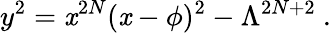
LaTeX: y^{2}=\mathit{x}^{2N}(\mathit{x}-\phi)^{2}-\Lambda^{2N+2}\ .